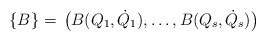
\begin{align*}\{B\} = \,\big(B(Q_1,\dot Q_1),\ldots,B(Q_s,\dot Q_s) \big)\end{align*}